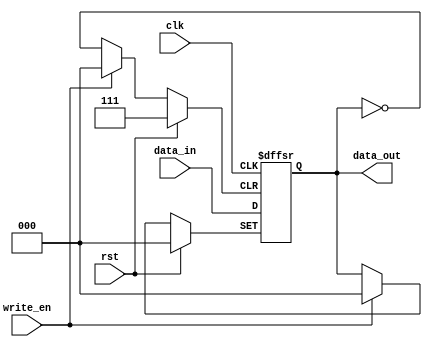
module Register_3bit (input clk, rst, write_en ,input [2:0] data_in, output [2:0] data_out);
    reg [2:0] data;

    always @(posedge clk,posedge rst,negedge write_en) begin
        if (rst)
            data <= 3'b0;
        else if (write_en == 1'b1)
            data <= data_in;
        else
            data <= data;
    end
    assign data_out = data;

endmodule